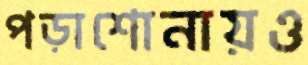
পড়াশোনায়ও